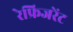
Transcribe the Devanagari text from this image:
रेफ्रिजरेंट